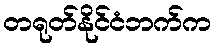
တရုတ်နိုင်ငံဘက်က